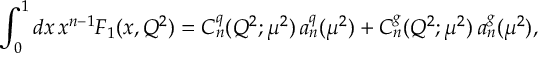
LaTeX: \int _ { 0 } ^ { 1 } { d } x \, x ^ { n - 1 } F _ { 1 } ( x , Q ^ { 2 } ) = C _ { n } ^ { q } ( Q ^ { 2 } ; \mu ^ { 2 } ) \, a _ { n } ^ { q } ( \mu ^ { 2 } ) + C _ { n } ^ { g } ( Q ^ { 2 } ; \mu ^ { 2 } ) \, a _ { n } ^ { g } ( \mu ^ { 2 } ) ,